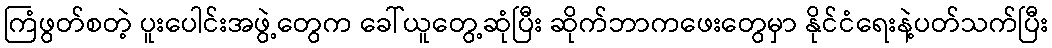
ကြံဖွတ်စတဲ့ ပူးပေါင်းအဖွဲ့တွေက ခေါ်ယူတွေ့ဆုံပြီး ဆိုက်ဘာကဖေးတွေမှာ နိုင်ငံရေးနဲ့ပတ်သက်ပြီး